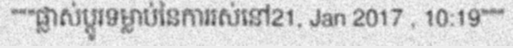
"""ផ្លាស់ប្តូរទម្លាប់នៃការរស់នៅ21, Jan 2017 , 10:19"""